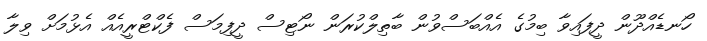
ހޯނޑެއްދޫން ދީފައިވާ ބިމުގެ އެއްބަސްވުން ބާތިލްކުރަން ނޯޓިސް ދީފިމަސް ފެކްޓްރީއެއް އެޅުމަށް ވިލާ